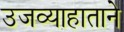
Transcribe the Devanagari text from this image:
उजव्याहाताने